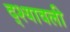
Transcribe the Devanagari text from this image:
द्श्यावली